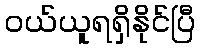
ဝယ်ယူရရှိနိုင်ပြီ